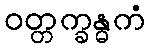
ဝတ္တက္ခန္ဓကံ